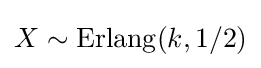
X\sim \operatorname {Erlang} (k,1/2)